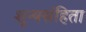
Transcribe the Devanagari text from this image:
शून्यसंहिता